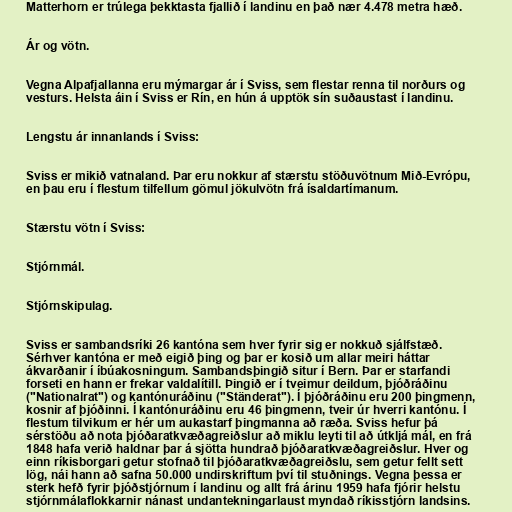
Matterhorn er trúlega þekktasta fjallið í landinu en það nær 4.478 metra hæð.

Ár og vötn.

Vegna Alpafjallanna eru mýmargar ár í Sviss, sem flestar renna til norðurs og
vesturs. Helsta áin í Sviss er Rín, en hún á upptök sín suðaustast í landinu.

Lengstu ár innanlands í Sviss:

Sviss er mikið vatnaland. Þar eru nokkur af stærstu stöðuvötnum Mið-Evrópu,
en þau eru í flestum tilfellum gömul jökulvötn frá ísaldartímanum.

Stærstu vötn í Sviss:

Stjórnmál.

Stjórnskipulag.

Sviss er sambandsríki 26 kantóna sem hver fyrir sig er nokkuð sjálfstæð.
Sérhver kantóna er með eigið þing og þar er kosið um allar meiri háttar
ákvarðanir í íbúakosningum. Sambandsþingið situr í Bern. Þar er starfandi
forseti en hann er frekar valdalítill. Þingið er í tveimur deildum, þjóðráðinu
("Nationalrat") og kantónuráðinu ("Ständerat"). Í þjóðráðinu eru 200 þingmenn,
kosnir af þjóðinni. Í kantónuráðinu eru 46 þingmenn, tveir úr hverri kantónu. Í
flestum tilvikum er hér um aukastarf þingmanna að ræða. Sviss hefur þá
sérstöðu að nota þjóðaratkvæðagreiðslur að miklu leyti til að útkljá mál, en frá
1848 hafa verið haldnar þar á sjötta hundrað þjóðaratkvæðagreiðslur. Hver og
einn ríkisborgari getur stofnað til þjóðaratkvæðagreiðslu, sem getur fellt sett
lög, nái hann að safna 50.000 undirskriftum því til stuðnings. Vegna þessa er
sterk hefð fyrir þjóðstjórnum í landinu og allt frá árinu 1959 hafa fjórir helstu
stjórnmálaflokkarnir nánast undantekningarlaust myndað ríkisstjórn landsins.